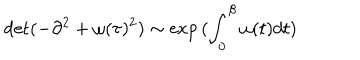
\det ( - \partial ^ { 2 } + \omega ( \tau ) ^ { 2 } ) \sim \exp { ( \int _ { 0 } ^ { \beta } \omega ( t ) d t ) }